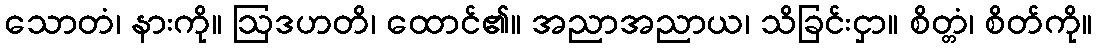
သောတံ၊ နားကို။ ဩဒဟတိ၊ ထောင်၏။ အညာအညာယ၊ သိခြင်းငှာ။ စိတ္တံ၊ စိတ်ကို။